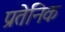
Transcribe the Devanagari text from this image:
प्रतेनिक